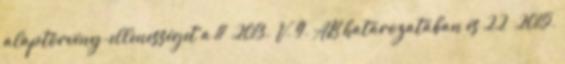
alaptörvény-ellenességet a 11 2013. V. 9. AB határozatában és 22 2015.